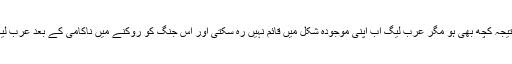
دوسری بات عمرو موسی محترم نے یہ کہی ہے کہ جنگ کا نتیجہ کچھ بھی ہو مگر عرب لیگ اب اپنی موجودہ شکل میں قائم نہیں رہ سکتی اور اس جنگ کو روکنے میں ناکامی کے بعد عرب لیگ اپنی افادیت بلکہ وجود سے بھی محروم ہوتی نظر آرہی ہے۔